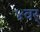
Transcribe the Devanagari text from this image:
४वर्